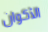
الأكوان